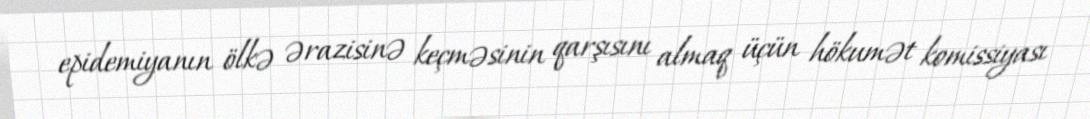
epidemiyanın ölkə ərazisinə keçməsinin qarşısını almaq üçün hökumət komissiyası